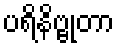
ပရိနိဗ္ဗုတာ